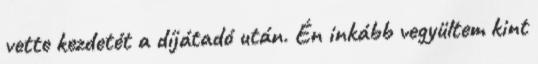
vette kezdetét a díjátadó után. Én inkább vegyültem kint